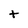
Character: t